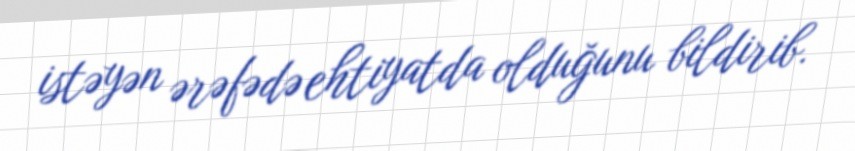
istəyən ərəfədə ehtiyatda olduğunu bildirib.